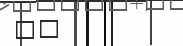
٤٩